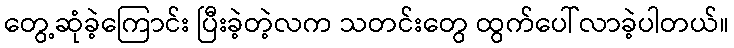
တွေ့ဆုံခဲ့ကြောင်း ပြီးခဲ့တဲ့လက သတင်းတွေ ထွက်ပေါ်လာခဲ့ပါတယ်။